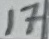
Text: 17